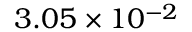
3 . 0 5 \times 1 0 ^ { - 2 }